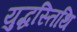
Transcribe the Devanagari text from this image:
युद्धस्तिथि